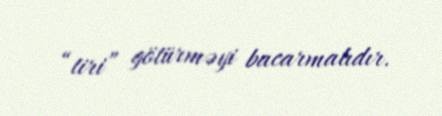
“tiri” götürməyi bacarmalıdır.